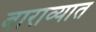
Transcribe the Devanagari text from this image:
बाराव्यात